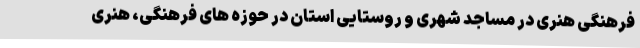
فرهنگی هنری در مساجد شهری و روستایی استان در حوزه های فرهنگی، هنری